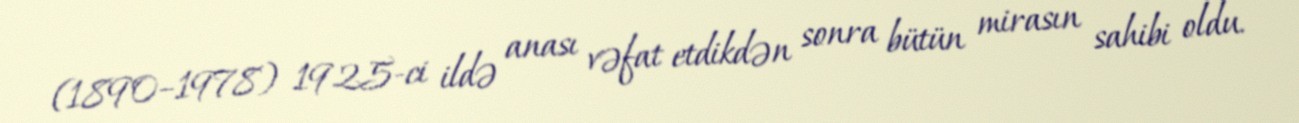
(1890–1978) 1925-ci ildə anası vəfat etdikdən sonra bütün mirasın sahibi oldu.